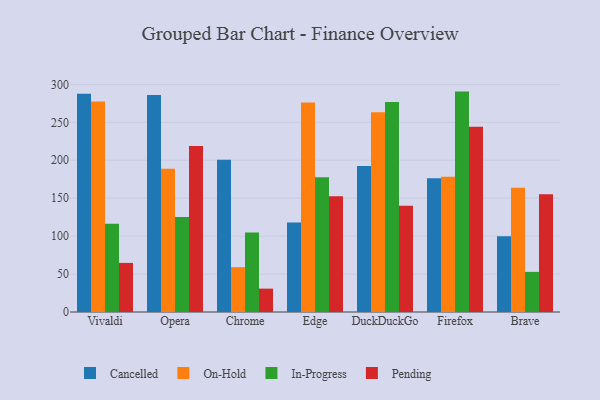
{"axis": {"x": "Browser", "y": "Revenue (USD Million)"}, "legend": ["Cancelled", "In-Progress", "On-Hold", "Pending"], "data": [{"x": "Vivaldi", "y": 287.6, "type": "Cancelled"}, {"x": "Vivaldi", "y": 277.3, "type": "On-Hold"}, {"x": "Vivaldi", "y": 116.4, "type": "In-Progress"}, {"x": "Vivaldi", "y": 64.7, "type": "Pending"}, {"x": "Opera", "y": 286.1, "type": "Cancelled"}, {"x": "Opera", "y": 188.9, "type": "On-Hold"}, {"x": "Opera", "y": 125.2, "type": "In-Progress"}, {"x": "Opera", "y": 218.7, "type": "Pending"}, {"x": "Chrome", "y": 200.7, "type": "Cancelled"}, {"x": "Chrome", "y": 59.1, "type": "On-Hold"}, {"x": "Chrome", "y": 104.7, "type": "In-Progress"}, {"x": "Chrome", "y": 30.8, "type": "Pending"}, {"x": "Edge", "y": 117.9, "type": "Cancelled"}, {"x": "Edge", "y": 276.1, "type": "On-Hold"}, {"x": "Edge", "y": 177.6, "type": "In-Progress"}, {"x": "Edge", "y": 152.5, "type": "Pending"}, {"x": "DuckDuckGo", "y": 192.4, "type": "Cancelled"}, {"x": "DuckDuckGo", "y": 263.3, "type": "On-Hold"}, {"x": "DuckDuckGo", "y": 276.7, "type": "In-Progress"}, {"x": "DuckDuckGo", "y": 140.1, "type": "Pending"}, {"x": "Firefox", "y": 176.3, "type": "Cancelled"}, {"x": "Firefox", "y": 178.4, "type": "On-Hold"}, {"x": "Firefox", "y": 290.5, "type": "In-Progress"}, {"x": "Firefox", "y": 244.1, "type": "Pending"}, {"x": "Brave", "y": 99.7, "type": "Cancelled"}, {"x": "Brave", "y": 163.7, "type": "On-Hold"}, {"x": "Brave", "y": 52.9, "type": "In-Progress"}, {"x": "Brave", "y": 155.3, "type": "Pending"}]}